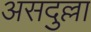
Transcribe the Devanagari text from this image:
असदुल्ला